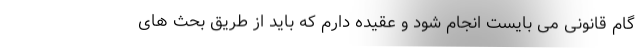
گام قانونی می بایست انجام شود و عقیده دارم که باید از طریق بحث های